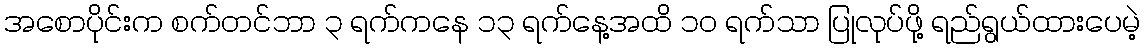
အစောပိုင်းက စက်တင်ဘာ ၃ ရက်ကနေ ၁၃ ရက်နေ့အထိ ၁၀ ရက်သာ ပြုလုပ်ဖို့ ရည်ရွယ်ထားပေမဲ့